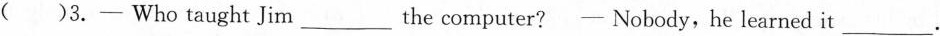
( )3.- Who taughtJim___the computer?- Nobody, he learned it ___.